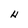
Character: H